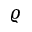
\varrho